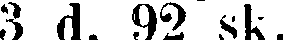
3 d. 92 sk.